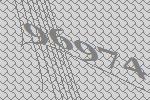
96974